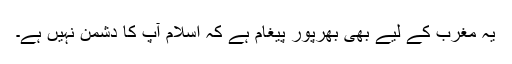
یہ مغرب کے لیے بھی بھرپور پیغام ہے کہ اسلام آپ کا دشمن نہیں ہے۔